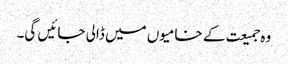
وہ جمیعت کے خامیوں میں ڈالی جائیں گی۔